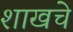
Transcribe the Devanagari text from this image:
शाखचे